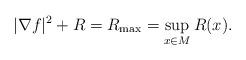
LaTeX: \begin{align*} |\nabla f|^2+R=R_{\max}=\sup_{x\in M}R(x).\end{align*}